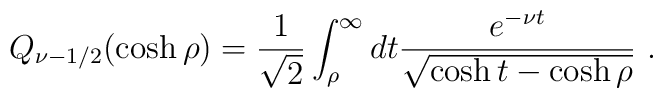
Q_{\nu-1/2}(\cosh\rho)=\frac{1}{\sqrt{2}}\int_{\rho}^{\infty}dt\frac{e^{-\nu t}}{\sqrt{\cosh t-\cosh\rho}}\ .